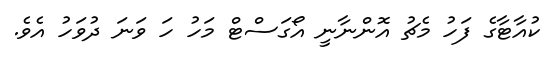
ކުއާޓާގެ ފަހު މެޗު އޮންނާނީ އޯގަސްޓް މަހު ހަ ވަނަ ދުވަހު އެވެ.